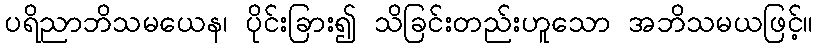
ပရိညာဘိသမယေန၊ ပိုင်းခြား၍ သိခြင်းတည်းဟူသော အဘိသမယဖြင့်။